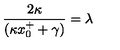
{ \frac { 2 \kappa } { ( \kappa x _ { 0 } ^ { + } + \gamma ) } } = \lambda